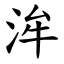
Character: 洠